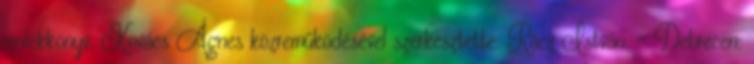
emlékkönyv. Kovács Ágnes közreműködésével szerkesztette: Rácz István. – Debrecen: